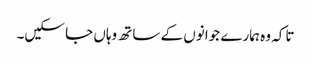
تاکہ وہ ہمارے جوانوں کے ساتھ وہاں جا سکیں۔